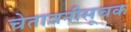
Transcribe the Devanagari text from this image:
चेतावनीसूचक